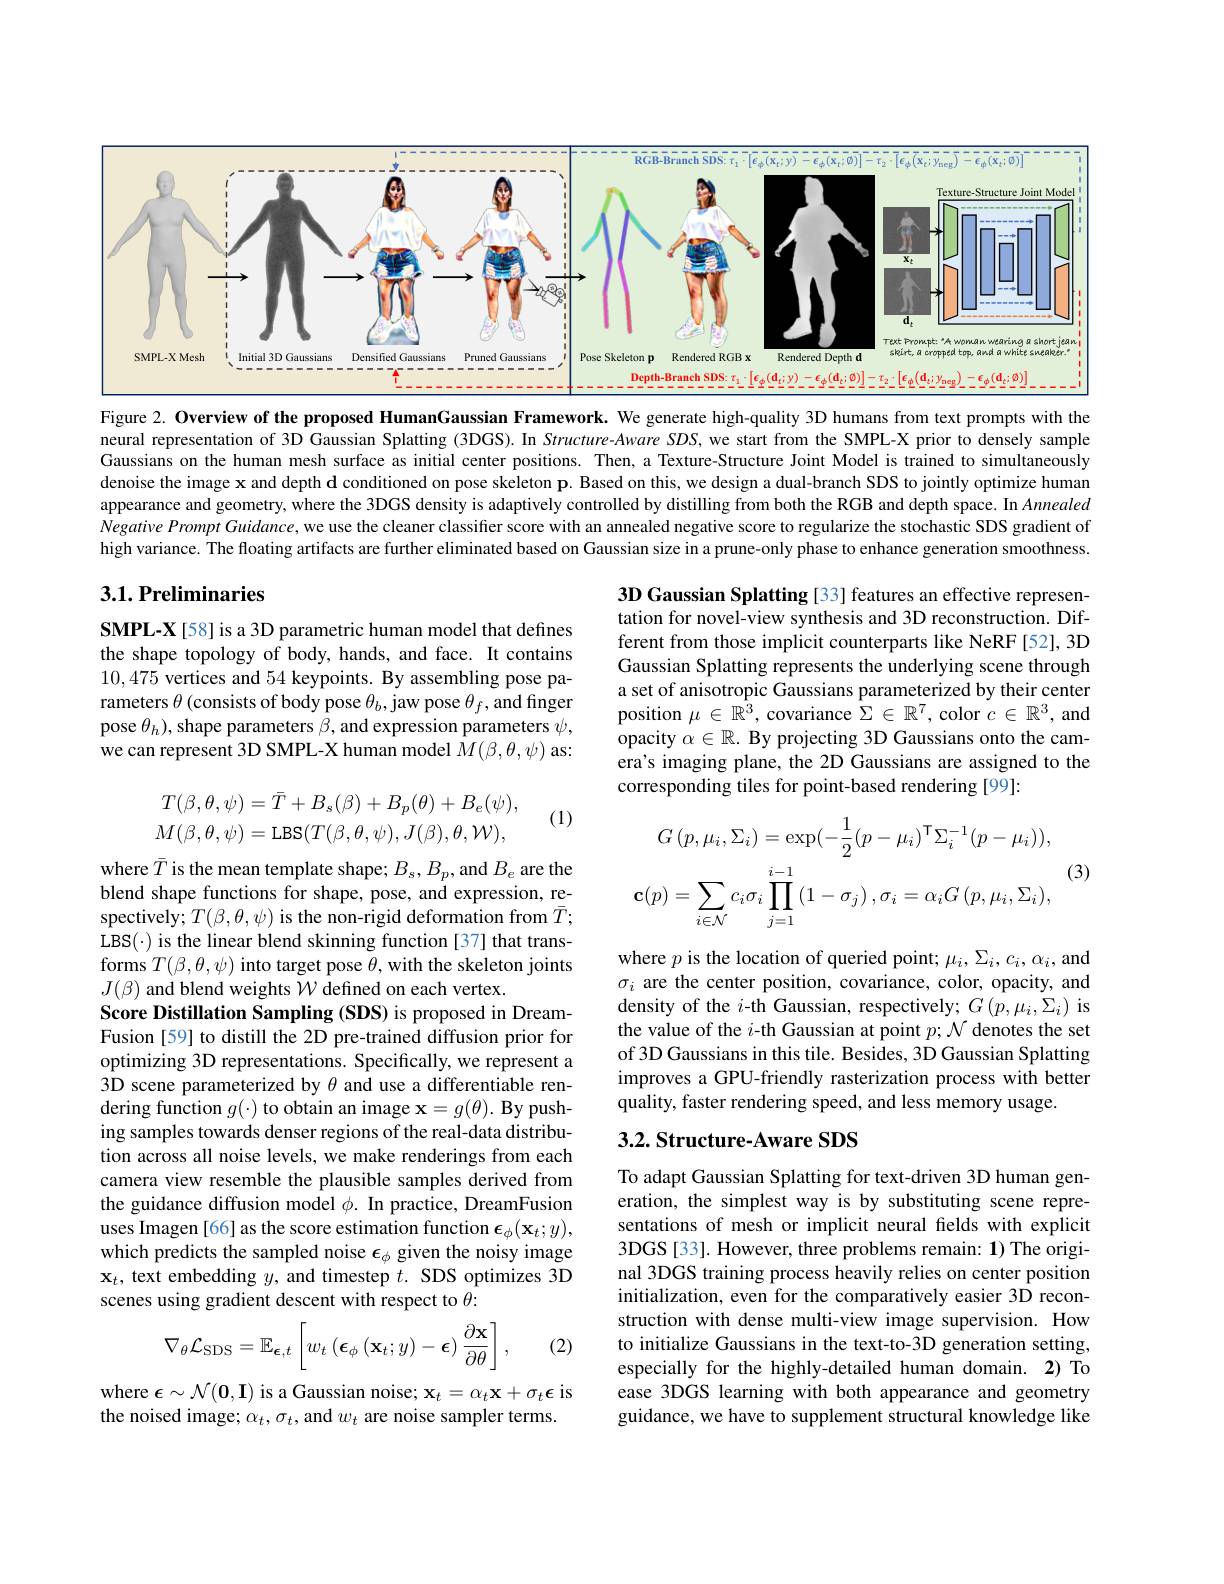
<FigureHere>
Figure 2. Overview of the proposed HumanGaussian Framework. We generate high-quality 3D humans from text prompts with the

neural representation of 3D Gaussian Splatting (3DGS).In Structure-Aware SDS, we start from the SMPL-X prior to densely sample Gaussians on the human mesh surface as initial center positions. Then, a Texture-Structure Joint Model is trained to simultaneously denoise the image x and depth $\mathbf{d}$ conditioned on pose skeleton p. Based on this, we design a dual-branch SDS to jointly optimize human appearance and geometry, where the 3DGS density is adaptively controlled by distilling from both the RGB and depth space. In Annealed $Negative\textit{ Prompt Guidance, we use the cleaner classifier score with an annealed negative score to regularize the stochastic SDS gradient ofteris andis theris antis antis antis antis antis antis antis antis antis antis antis antis antis antis antis anti}$ high variance. The floating artifacts are further eliminated based on Gaussian size in a prune-only phase to enhance generation smoothness.

## 3.1. Preliminaries

3D Gaussian Splatting [33] features an effective representation for novel-view synthesis and 3D reconstruction. Different from those implicit counterparts like NeRF [52], 3D Gaussian Splatting represents the underlying scene through a set of anisotropic Gaussians parameterized by their center position $\mu\in\mathbb{R}^3$, covariance $\hat{\Sigma}\in\mathbb{R}^7$, color $c\in\mathbb{R}^3$, and opacity $\alpha\in\mathbb{R}.$ By projecting 3D Gaussians onto the camera's imaging plane, the 2D Gaussians are assigned to the corresponding tiles for point-based rendering [99]:

SMPL-X[58] is a 3D parametric human model that defines the shape topology of body, hands, and face. It contains 10,475 vertices and 54 keypoints. By assembling pose parameters $\theta$ (consists of body pose $\theta_b$,jaw pose $\theta_f$, and finger pose $\theta_h)$,shape parameters $\beta$, and expression parameters $\psi$, we can represent 3D SMPL-X human model $M(\beta,\theta,\psi)$ as:
$$T(\beta,\theta,\psi)=\bar{T}+B_{s}(\beta)+B_{p}(\theta)+B_{e}(\psi),\\M(\beta,\theta,\psi)=\mathrm{LBS}(T(\beta,\theta,\psi),J(\beta),\theta,\mathcal{W}),$$
(1)
$$G\left(p,\mu_{i},\Sigma_{i}\right)=\exp(-\frac{1}{2}(p-\mu_{i})^{\mathsf{T}}\Sigma_{i}^{-1}(p-\mu_{i})),\\\mathbf{c}(p)=\sum_{i\in\mathcal{N}}c_{i}\sigma_{i}\prod_{j=1}^{i-1}\left(1-\sigma_{j}\right),\sigma_{i}=\alpha_{i}G\left(p,\mu_{i},\Sigma_{i}\right),$$
(3)

where $p$ is the location of queried point; $\mu_i,\Sigma_i,c_i,\alpha_i$,and $\sigma_i$ are the center position, covariance, color, opacity, and density of the $i$-th Gaussian, respectively; $G\left(p,\mu_{i},\Sigma_{i}\right)$ is the value of the $i$-th Gaussian at point $p;\mathcal{N}$ denotes the set of 3D Gaussians in this tile. Besides, 3D Gaussian Splatting improves a GPU-friendly rasterization process with better quality, faster rendering speed, and less memory usage.

where $\bar{T}$ is the mean template shape; $B_s,B_p$,and $B_e$ are the blend shape functions for shape, pose, and expression, respectively; $T(\beta,\theta,\psi)$ is the non-rigid deformation from $\bar{T};$ $LBS(\cdot) is the linear blend skinning function [37] that trans-$ forms $T(\beta,\theta,\psi)$ into target pose $\theta$,with the skeleton joints $J(\beta)$ and blend weights $\mathcal{W}$ defined on each vertex.
Score Distillation Sampling (SDS) is proposed in DreamFusion[59] to distill the 2D pre-trained diffusion prior for optimizing 3D representations. Specifically, we represent a 3D scene parameterized by $\theta$ and use a differentiable rendering function $g(\cdot)$ to obtain an image $\mathbf{x} = g( \theta ) . \textbf{By push- }$ ing samples towards denser regions of the real-data distribution across all noise levels, we make renderings from each camera view resemble the plausible samples derived from the guidance diffusion model $\phi.$ In practice, DreamFusion uses Imagen [66] as the score estimation function $\epsilon_\phi(\mathbf{x}_t;y)$, which predicts the sampled noise $\epsilon_\phi$ given the noisy image $\mathbf{x}_{t}$, text embedding $y$, and timestep $t.$ SDS optimizes 3D scenes using gradient descent with respect to $\theta:$
$$\nabla_{\theta}\mathcal{L}_{\mathrm{SDS}}=\mathbb{E}_{\boldsymbol{\epsilon},t}\left[w_{t}\left(\boldsymbol{\epsilon}_{\phi}\left(\mathbf{x}_{t};y\right)-\boldsymbol{\epsilon}\right)\frac{\partial\mathbf{x}}{\partial\theta}\right],$$
## $3. 2. \textbf{ Structure- Aware SDS}$

To adapt Gaussian Splatting for text-driven 3D human generation, the simplest way is by substituting scene representations of mesh or implicit neural fields with explicit 3DGS[33]. However, three problems remain: 1) The original 3DGS training process heavily relies on center position initialization, even for the comparatively easier 3D reconstruction with dense multi-view image supervision. How to initialize Gaussians in the text-to-3D generation setting, especially for the highly-detailed human domain. 2) To ease 3DGS learning with both appearance and geometry guidance, we have to supplement structural knowledge like

(2)

where $\epsilon\sim\mathcal{N}(\mathbf{0},\mathbf{I})$ is a Gaussian noise; $\mathbf{x}_t=\alpha_t\mathbf{x}+\sigma_t\boldsymbol{\epsilon}$ is the noised image; $\alpha_t,\sigma_t$, and $w_t$ are noise sampler terms.